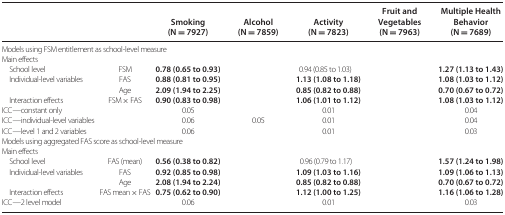
<table><thead><tr><td>[EMPTY_CELL]</td><td>[EMPTY_CELL]</td><td><b>Smoking (N = 7927)</b></td><td><b>Alcohol (N = 7859)</b></td><td><b>Activity (N = 7823)</b></td><td><b>Fruit and Vegetables (N = 7963)</b></td><td><b>Multiple Health Behavior (N = 7689)</b></td></tr></thead><tbody><tr><td colspan="7">Models using FSM entitlement as school-level measure</td></tr><tr><td colspan="7">Main effects</td></tr><tr><td> School level</td><td>FSM</td><td><b>0.78 (0.65 to 0.93)</b></td><td>[EMPTY_CELL]</td><td>0.94 (0.85 to 1.03)</td><td>[EMPTY_CELL]</td><td><b>1.27 (1.13 to 1.43)</b></td></tr><tr><td> Individual-level variables</td><td>FAS</td><td><b>0.88 (0.81 to 0.95)</b></td><td>[EMPTY_CELL]</td><td><b>1.13 (1.08 to 1.18)</b></td><td>[EMPTY_CELL]</td><td><b>1.08 (1.03 to 1.12)</b></td></tr><tr><td>[EMPTY_CELL]</td><td>Age</td><td><b>2.09 (1.94 to 2.25)</b></td><td>[EMPTY_CELL]</td><td><b>0.85 (0.82 to 0.88)</b></td><td>[EMPTY_CELL]</td><td><b>0.70 (0.67 to 0.72)</b></td></tr><tr><td> Interaction effects</td><td>FSM × FAS</td><td><b>0.90 (0.83 to 0.98)</b></td><td>[EMPTY_CELL]</td><td><b>1.06 (1.01 to 1.12)</b></td><td>[EMPTY_CELL]</td><td><b>1.08 (1.03 to 1.12)</b></td></tr><tr><td>ICC—constant only</td><td>[EMPTY_CELL]</td><td>0.05</td><td>[EMPTY_CELL]</td><td>0.01</td><td>[EMPTY_CELL]</td><td>0.04</td></tr><tr><td>ICC—individual-level variables</td><td>[EMPTY_CELL]</td><td>0.06</td><td>0.05</td><td>0.01</td><td>[EMPTY_CELL]</td><td>0.04</td></tr><tr><td>ICC—level 1 and 2 variables</td><td>[EMPTY_CELL]</td><td>0.06</td><td>[EMPTY_CELL]</td><td>0.01</td><td>[EMPTY_CELL]</td><td>0.03</td></tr><tr><td colspan="7">Models using aggregated FAS score as school-level measure</td></tr><tr><td colspan="7">Main effects</td></tr><tr><td> School level</td><td>FAS (mean)</td><td><b>0.56 (0.38 to 0.82)</b></td><td>[EMPTY_CELL]</td><td>0.96 (0.79 to 1.17)</td><td>[EMPTY_CELL]</td><td><b>1.57 (1.24 to 1.98)</b></td></tr><tr><td> Individual-level variables</td><td>FAS</td><td><b>0.92 (0.85 to 0.98)</b></td><td>[EMPTY_CELL]</td><td><b>1.09 (1.03 to 1.16)</b></td><td>[EMPTY_CELL]</td><td><b>1.09 (1.06 to 1.13)</b></td></tr><tr><td>[EMPTY_CELL]</td><td>Age</td><td><b>2.08 (1.94 to 2.24)</b></td><td>[EMPTY_CELL]</td><td><b>0.85 (0.82 to 0.88)</b></td><td>[EMPTY_CELL]</td><td><b>0.70 (0.67 to 0.72)</b></td></tr><tr><td> Interaction effects</td><td>FAS mean × FAS</td><td><b>0.75 (0.62 to 0.90)</b></td><td>[EMPTY_CELL]</td><td><b>1.12 (1.00 to 1.25)</b></td><td>[EMPTY_CELL]</td><td><b>1.16 (1.06 to 1.28)</b></td></tr><tr><td>ICC—2 level model</td><td>[EMPTY_CELL]</td><td>0.06</td><td>[EMPTY_CELL]</td><td>0.01</td><td>[EMPTY_CELL]</td><td>0.03</td></tr></tbody></table>